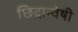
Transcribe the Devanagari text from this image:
छिद्रान्वेषी